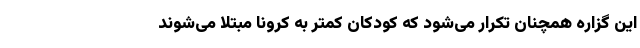
این گزاره همچنان تکرار می‌شود که کودکان کمتر به کرونا مبتلا می‌شوند